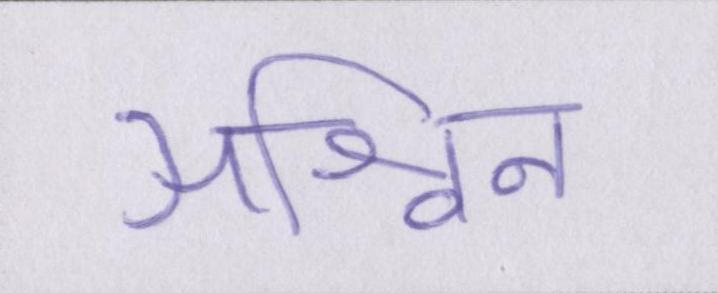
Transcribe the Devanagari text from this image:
अश्विन